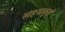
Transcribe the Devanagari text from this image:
सहस्रकुड